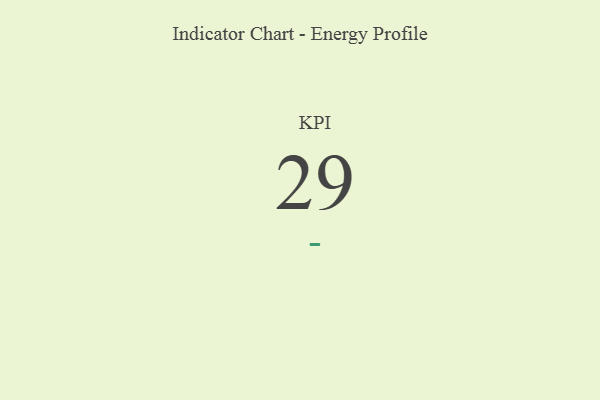
{"axis": {"x": "KPI", "y": "Value"}, "legend": [""], "data": [{"x": "KPI", "y": 29, "type": ""}]}